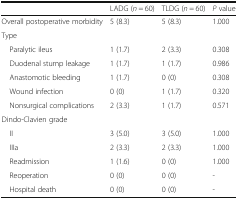
<table><thead><tr><td></td><td><b>LADG (<i>n</i> = 60)</b></td><td><b>TLDG (<i>n</i> = 60)</b></td><td><b><i>P</i> value</b></td></tr></thead><tbody><tr><td>Overall postoperative morbidity</td><td>5 (8.3)</td><td>5 (8.3)</td><td>1.000</td></tr><tr><td colspan="4">Type</td></tr><tr><td> Paralytic ileus</td><td>1 (1.7)</td><td>2 (3.3)</td><td>0.308</td></tr><tr><td> Duodenal stump leakage</td><td>1 (1.7)</td><td>1 (1.7)</td><td>0.986</td></tr><tr><td> Anastomotic bleeding</td><td>1 (1.7)</td><td>0 (0)</td><td>0.308</td></tr><tr><td> Wound infection</td><td>0 (0)</td><td>1 (1.7)</td><td>0.320</td></tr><tr><td> Nonsurgical complications</td><td>2 (3.3)</td><td>1 (1.7)</td><td>0.571</td></tr><tr><td colspan="4">Dindo-Clavien grade</td></tr><tr><td> II</td><td>3 (5.0)</td><td>3 (5.0)</td><td>1.000</td></tr><tr><td> IIIa</td><td>2 (3.3)</td><td>2 (3.3)</td><td>1.000</td></tr><tr><td> Readmission</td><td>1 (1.6)</td><td>0 (0)</td><td>1.000</td></tr><tr><td> Reoperation</td><td>0 (0)</td><td>0 (0)</td><td>-</td></tr><tr><td> Hospital death</td><td>0 (0)</td><td>0 (0)</td><td>-</td></tr></tbody></table>